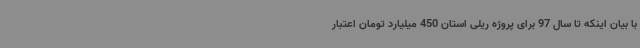
با بیان اینکه تا سال 97 برای پروژه ریلی استان 450 میلیارد تومان اعتبار